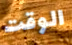
الوقت